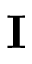
\mathbf { I }